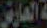
العاري